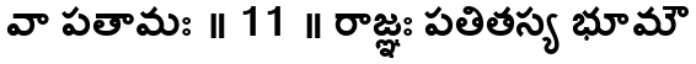
వా పతామః ॥ 11 ॥ రాజ్ఞః పతితస్య భూమౌ